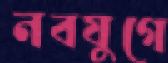
নবযুগে